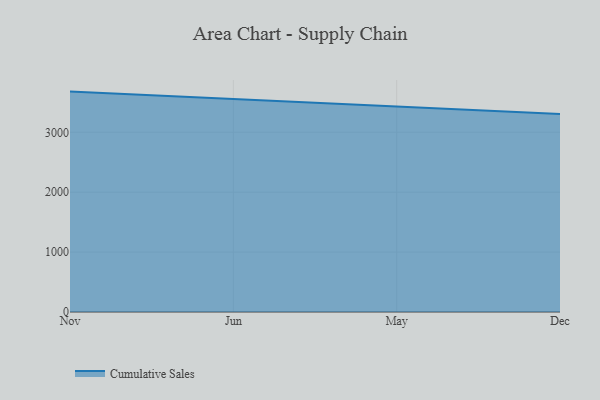
{"axis": {"x": "Month", "y": "Budget (USD K)"}, "legend": ["Cumulative Sales"], "data": [{"x": "Nov", "y": 3679.6, "type": "Cumulative Sales"}, {"x": "Jun", "y": 3552.5, "type": "Cumulative Sales"}, {"x": "May", "y": 3430.7, "type": "Cumulative Sales"}, {"x": "Dec", "y": 3304.4, "type": "Cumulative Sales"}]}